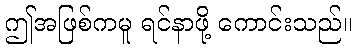
ဤအဖြစ်ကမူ ရင်နာဖို့ ကောင်းသည်။